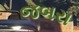
જબરા